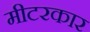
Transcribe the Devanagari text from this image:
मीटरकार